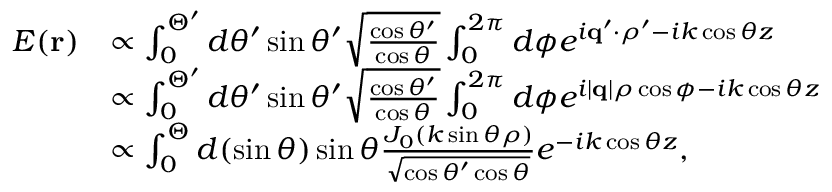
\begin{array} { r l } { E ( \mathbf { r } ) } & { \propto \int _ { 0 } ^ { \Theta ^ { \prime } } d \theta ^ { \prime } \sin \theta ^ { \prime } \sqrt { \frac { \cos \theta ^ { \prime } } { \cos \theta } } \int _ { 0 } ^ { 2 \pi } d \phi e ^ { i \mathbf { q } ^ { \prime } \cdot \boldsymbol { \rho } ^ { \prime } - i k \cos \theta z } } \\ & { \propto \int _ { 0 } ^ { \Theta ^ { \prime } } d \theta ^ { \prime } \sin \theta ^ { \prime } \sqrt { \frac { \cos \theta ^ { \prime } } { \cos \theta } } \int _ { 0 } ^ { 2 \pi } d \phi e ^ { i | \mathbf { q } | \rho \cos \phi - i k \cos \theta z } } \\ & { \propto \int _ { 0 } ^ { \Theta } d ( \sin \theta ) \sin \theta \frac { J _ { 0 } ( k \sin \theta \rho ) } { \sqrt { \cos \theta ^ { \prime } \cos \theta } } e ^ { - i k \cos \theta z } , } \end{array}